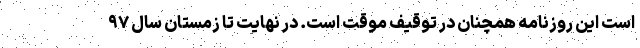
است این روزنامه همچنان در توقیف موقت است. در نهایت تا زمستان سال ۹۷